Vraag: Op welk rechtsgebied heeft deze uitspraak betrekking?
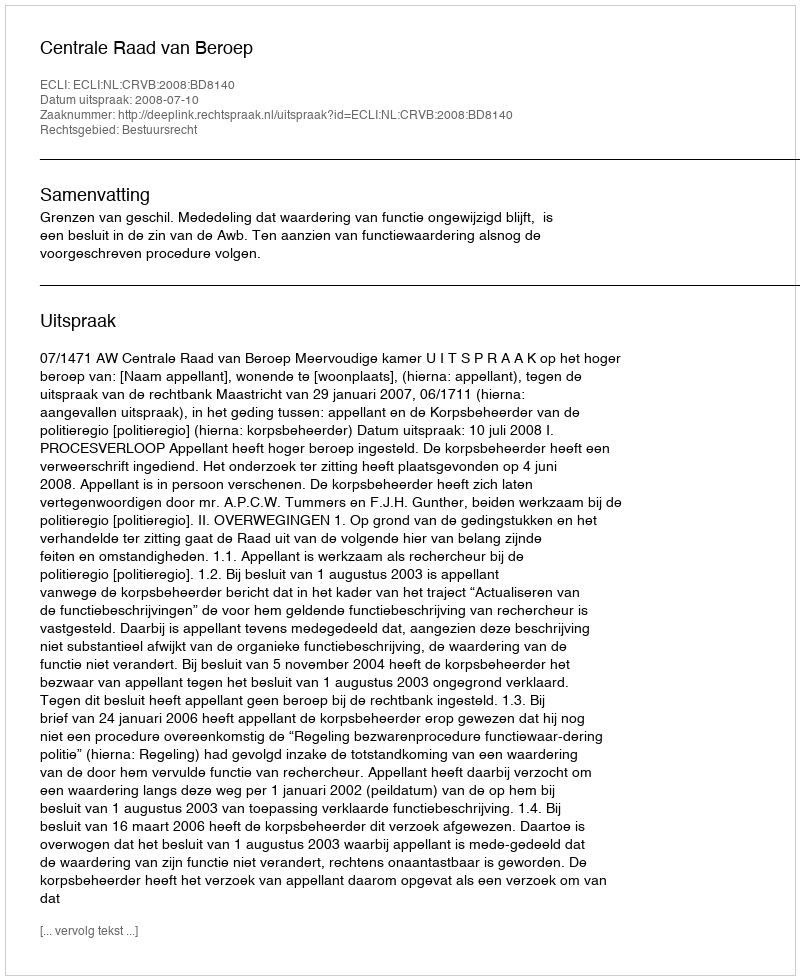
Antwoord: Bestuursrecht